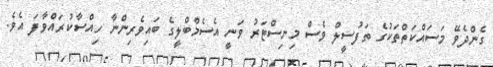
ގެންދެވޭ މަސައްކަތްތަކުގެ ތަފުސީލް ވެސް މިނިސްޓަރު ވަނީ އެސެމްބްލީގެ ބައިވެރިންނާ ހިއްސާކުރައްވާފަ އެވެ.